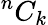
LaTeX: {}^{n}C_{k}